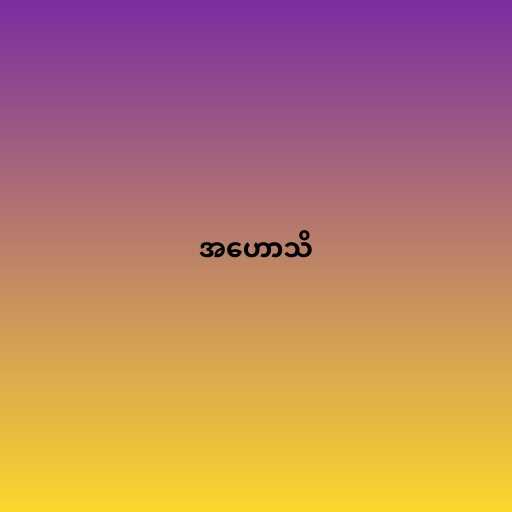
အဟောသိ